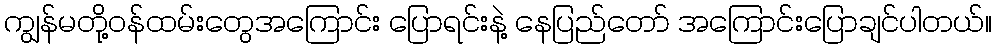
ကျွန်မတို့ဝန်ထမ်းတွေအကြောင်း ပြောရင်းနဲ့ နေပြည်တော် အကြောင်းပြောချင်ပါတယ်။